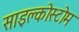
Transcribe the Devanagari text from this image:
साइक्लोस्टोम